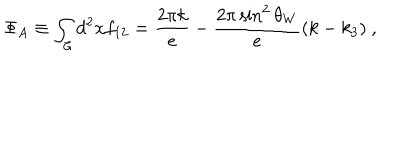
LaTeX: \Phi _ { A } \equiv \int _ { \cal C } d ^ { 2 } x f _ { 1 2 } = \frac { 2 \pi k } { e } - \frac { 2 \pi \sin ^ { 2 } \theta _ { W } } { e } ( k - k _ { 3 } ) ~ ,